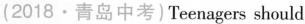
(2018·青岛中考)Teenagers should